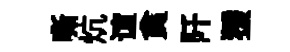
嘶炕谊貪阡猨